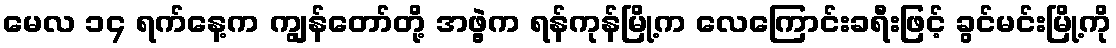
မေလ ၁၄ ရက်နေ့က ကျွန်တော်တို့ အဖွဲ့က ရန်ကုန်မြို့က လေကြောင်းခရီးဖြင့် ခွင်မင်းမြို့ကို